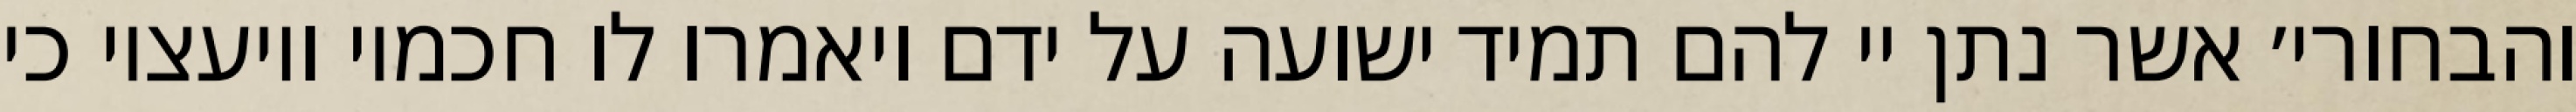
והבחורי׳ אשר נתן יי להם תמיד ישועה על ידם ויאמרו לו חכמיו ויועציו כי